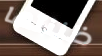
ظننتها